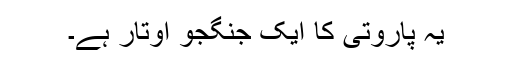
یہ پاروتی کا ایک جنگجو اوتار ہے۔